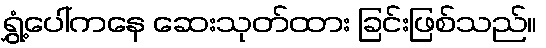
ရွှံ့ပေါ်ကနေ ဆေးသုတ်ထား ခြင်းဖြစ်သည်။